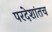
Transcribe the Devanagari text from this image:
परदेशांतच